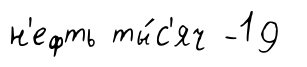
н'ефть ты́с'яч -19